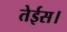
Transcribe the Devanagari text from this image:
तेईस।